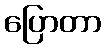
ပြောတာ